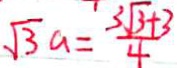
\sqrt { 3 } a = \frac { 3 \sqrt { 3 } + 3 } { 4 }